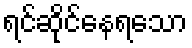
ရင်ဆိုင်နေရသော